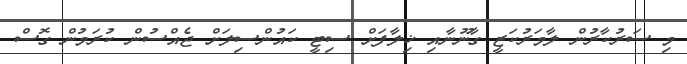
މި ސަރުކާރުން ލާމަރުކަޒީ ގާނޫނާއި ޚިލާފަށް ސިޓީ ކައުންސިލަށް ޖެއްސުން ކުރަމުން ގޮސް